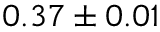
0 . 3 7 \pm 0 . 0 1